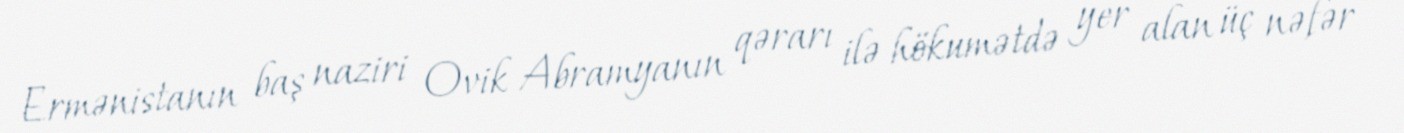
Ermənistanın baş naziri Ovik Abramyanın qərarı ilə hökumətdə yer alan üç nəfər